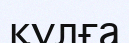
қүлға